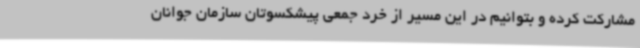
مشارکت کرده و بتوانیم در این مسیر از خرد جمعی پیشکسوتان سازمان جوانان